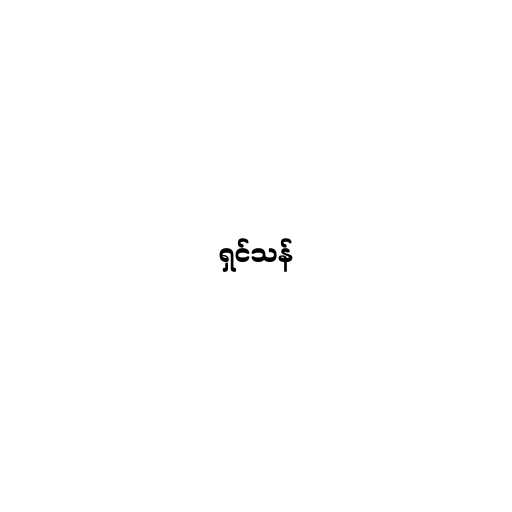
ရှင်သန်